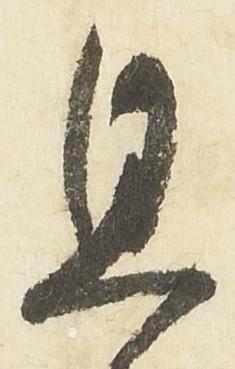
且